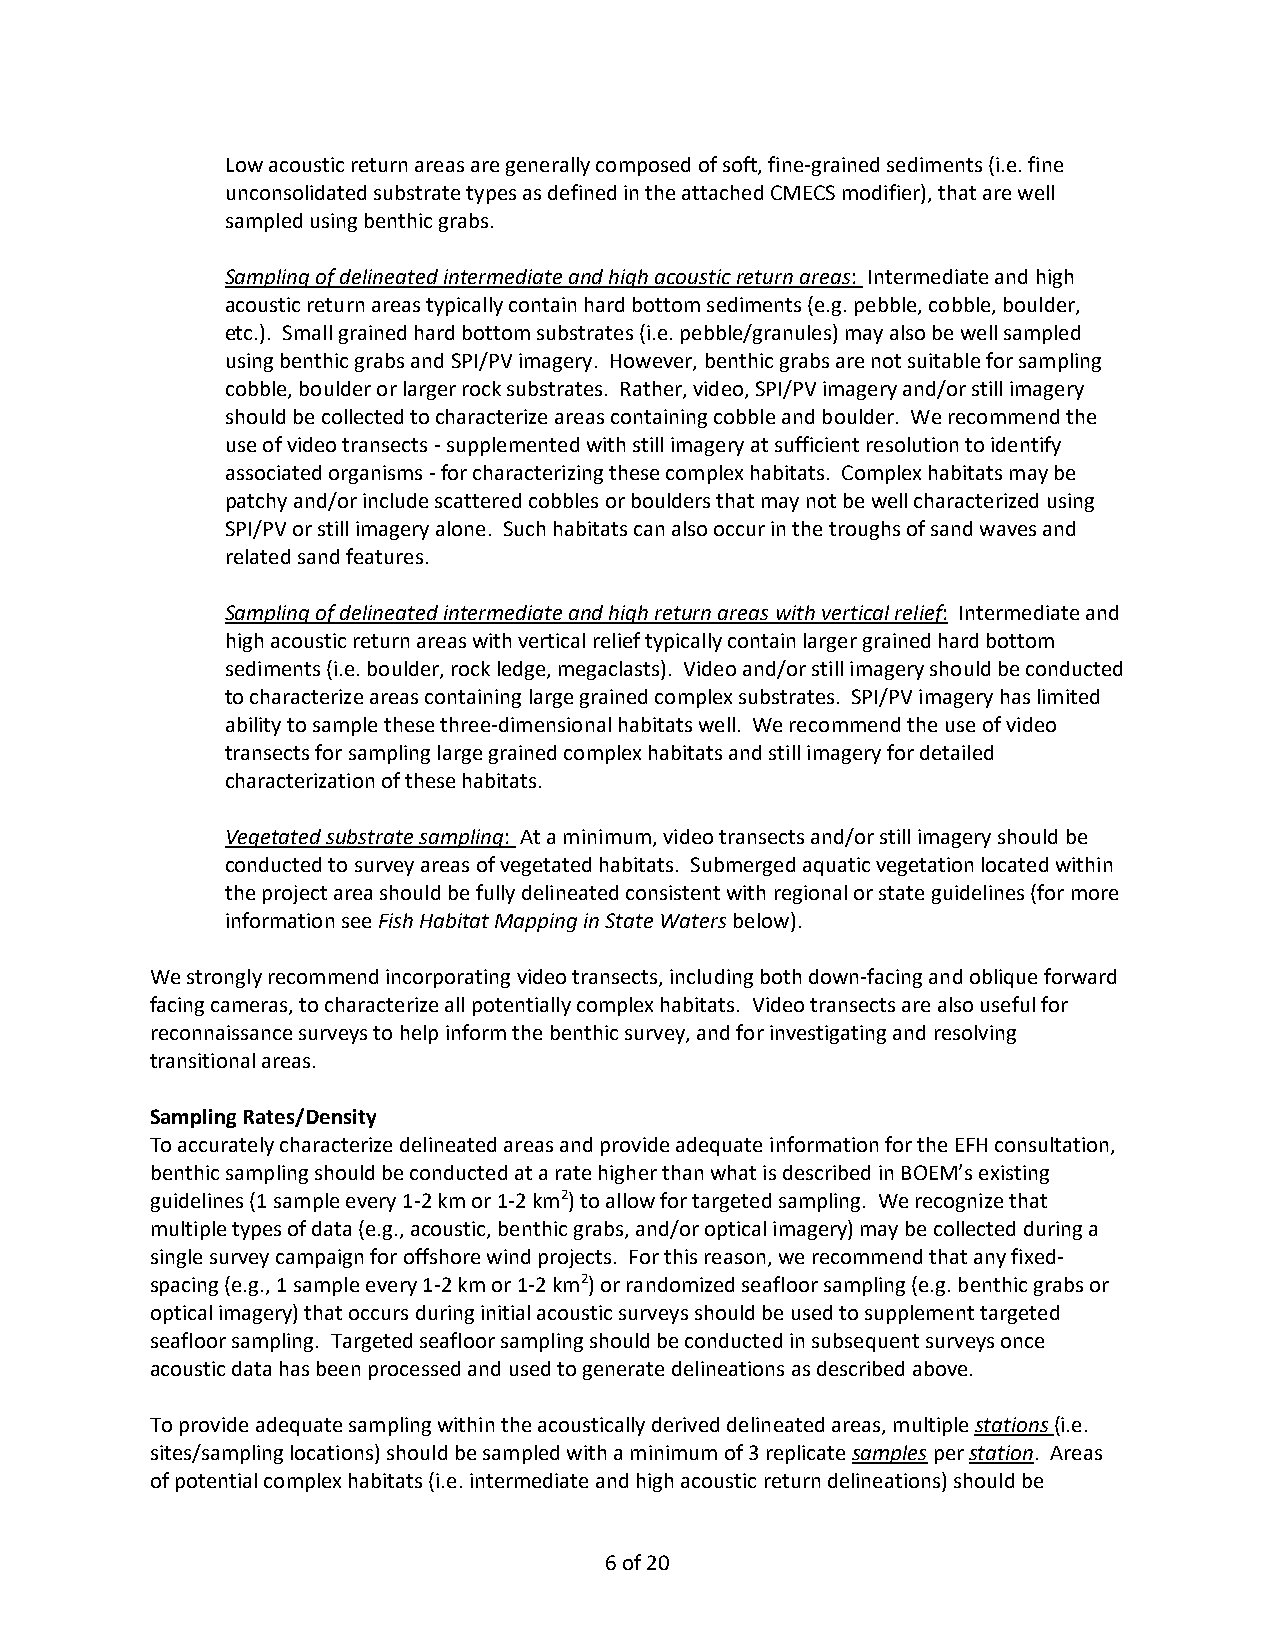
Low acoustic return areas are generally composed of soft, fine-grained sediments (i.e. fine
 unconsolidated substrate types as defined in the attached CMECS modifier), that are well
 sampled using benthic grabs.
 Sampling of delineated intermediate and high acoustic return areas: Intermediate and high
 acoustic return areas typically contain hard bottom sediments (e.g. pebble, cobble, boulder,
 etc.). Small grained hard bottom substrates (i.e. pebble/granules) may also be well sampled
 using benthic grabs and SPI/PV imagery. However, benthic grabs are not suitable for sampling
 cobble, boulder or larger rock substrates. Rather, video, SPI/PV imagery and/or still imagery
 should be collected to characterize areas containing cobble and boulder. We recommend the
 use of video transects - supplemented with still imagery at sufficient resolution to identify
 associated organisms - for characterizing these complex habitats. Complex habitats may be
 patchy and/or include scattered cobbles or boulders that may not be well characterized using
 SPI/PV or still imagery alone. Such habitats can also occur in the troughs of sand waves and
 related sand features.
 Sampling of delineated intermediate and high return areas with vertical relief: Intermediate and
 high acoustic return areas with vertical relief typically contain larger grained hard bottom
 sediments (i.e. boulder, rock ledge, megaclasts). Video and/or still imagery should be conducted
 to characterize areas containing large grained complex substrates. SPI/PV imagery has limited
 ability to sample these three-dimensional habitats well. We recommend the use of video
 transects for sampling large grained complex habitats and still imagery for detailed
 characterization of these habitats.
 Vegetated substrate sampling: At a minimum, video transects and/or still imagery should be
 conducted to survey areas of vegetated habitats. Submerged aquatic vegetation located within
 the project area should be fully delineated consistent with regional or state guidelines (for more
 information see Fish Habitat Mapping in State Waters below).
 We strongly recommend incorporating video transects, including both down-facing and oblique forward
 facing cameras, to characterize all potentially complex habitats. Video transects are also useful for
 reconnaissance surveys to help inform the benthic survey, and for investigating and resolving
 transitional areas.
 Sampling Rates/Density
 To accurately characterize delineated areas and provide adequate information for the EFH consultation,
 benthic sampling should be conducted at a rate higher than what is described in BOEM’s existing
 guidelines (1 sample every 1-2 km or 1-2 km2) to allow for targeted sampling. We recognize that
 multiple types of data (e.g., acoustic, benthic grabs, and/or optical imagery) may be collected during a
 single survey campaign for offshore wind projects. For this reason, we recommend that any fixed-
 spacing (e.g., 1 sample every 1-2 km or 1-2 km2) or randomized seafloor sampling (e.g. benthic grabs or
 optical imagery) that occurs during initial acoustic surveys should be used to supplement targeted
 seafloor sampling. Targeted seafloor sampling should be conducted in subsequent surveys once
 acoustic data has been processed and used to generate delineations as described above.
 To provide adequate sampling within the acoustically derived delineated areas, multiple stations (i.e.
 sites/sampling locations) should be sampled with a minimum of 3 replicate samples per station. Areas
 of potential complex habitats (i.e. intermediate and high acoustic return delineations) should be
 6 of 20